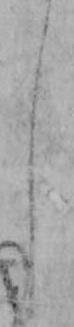
し